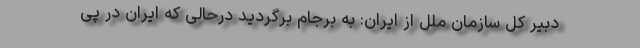
دبیر کل سازمان ملل از ایران: به برجام برگردید درحالی که ایران در پی